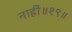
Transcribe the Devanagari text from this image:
नाहीं॥१९॥